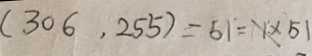
( 3 0 6 , 2 5 5 ) = 5 1 = 1 \times 5 1